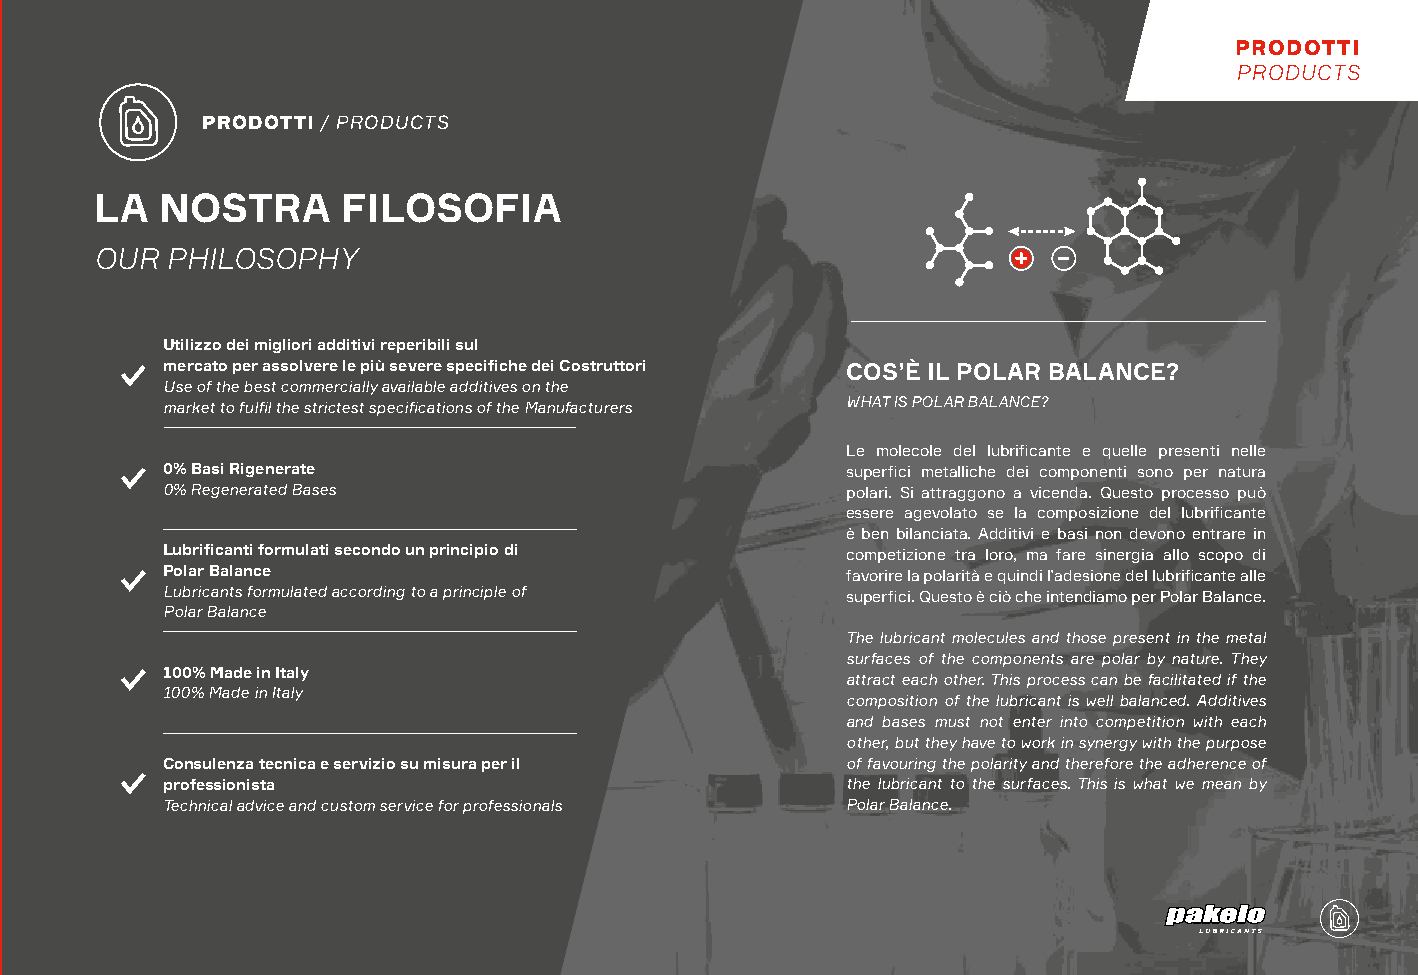
PRODOTTI
 PRODUCTS
 PRODOTTI / PRODUCTS
 LA   NOSTRA      FILOSOFIA
 OUR  PHILOSOPHY
 Utilizzo dei migliori additivi reperibili sul
 mercato per assolvere le più severe specifiche dei Costruttori COS’È IL POLAR BALANCE?
 Use of the best commercially available additives on the
 market to fulfil the strictest specifications of the Manufacturers WHAT IS POLAR BALANCE?
 Le molecole del lubrificante e quelle presenti nelle
 0% Basi Rigenerate                           superfici metalliche dei componenti sono per natura
 0% Regenerated Bases                         polari. Si attraggono a vicenda. Questo processo può
 essere agevolato se la composizione del lubrificante
 è ben bilanciata. Additivi e basi non devono entrare in
 Lubrificanti formulati secondo un principio di competizione tra loro, ma fare sinergia allo scopo di
 Polar Balance                                favorire la polarità e quindi l’adesione del lubrificante alle
 Lubricants formulated according to a principle of superfici. Questo è ciò che intendiamo per Polar Balance.
 Polar Balance
 The lubricant molecules and those present in the metal
 surfaces of the components are polar by nature. They
 100% Made in Italy
 attract each other. This process can be facilitated if the
 100% Made in Italy
 composition of the lubricant is well balanced. Additives
 and bases must not enter into competition with each
 other, but they have to work in synergy with the purpose
 Consulenza tecnica e servizio su misura per il of favouring the polarity and therefore the adherence of
 professionista                               the lubricant to the surfaces. This is what we mean by
 Technical advice and custom service for professionals Polar Balance.